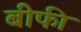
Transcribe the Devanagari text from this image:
बीफी